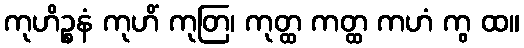
ကုဟိဉ္စနံ ကုဟိံ ကုတြ၊ ကုတ္ထ ကတ္ထ ကဟံ ကွ ထ။